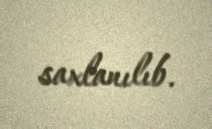
saxlanılıb.